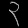
Digit: ၃